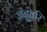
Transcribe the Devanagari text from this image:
जनुवरि